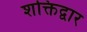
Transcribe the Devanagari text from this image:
शक्तिद्वार